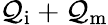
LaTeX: \mathcal{Q}\mathrm{{_i+\mathcal{Q}\mathrm{{_m}}}}